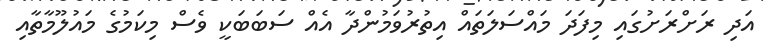
އަދި ރަށްރަށުގައި މިފަދަ މައްސަލަތައް އިތުރުވަމުންދާ އެއް ސަބަބަކީ ވެސް މިކަމުގެ މައުލޫމާތާއި